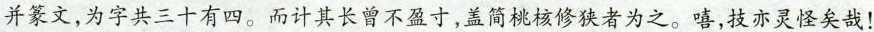
并篆文，为字共三十有四。而计其长曾不盈寸，盖简桃核修狭者为之。嘻，技亦灵怪矣哉！